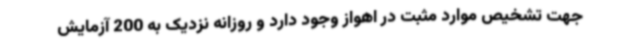
جهت تشخیص موارد مثبت در اهواز وجود دارد و روزانه نزدیک به 200 آزمایش